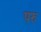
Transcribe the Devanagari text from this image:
परु